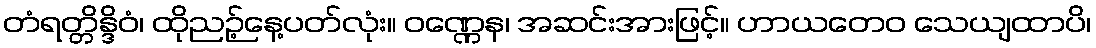
တံရတ္တိန္ဒိဝံ၊ ထိုညဉ့်နေ့ပတ်လုံး။ ဝဏ္ဏေန၊ အဆင်းအားဖြင့်။ ဟာယတေဝ သေယျထာပိ၊